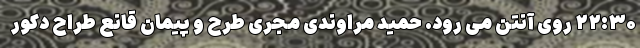
۲۲:۳۰ روی آنتن می رود. حمید مراوندی مجری طرح و پیمان قانع طراح دکور